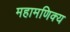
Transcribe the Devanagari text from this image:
महामणिक्य